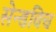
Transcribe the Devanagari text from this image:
सेन्डविच